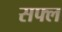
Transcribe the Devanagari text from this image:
सफ्ल